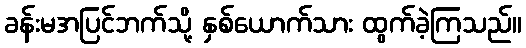
ခန်းမအပြင်ဘက်သို့ နှစ်ယောက်သား ထွက်ခဲ့ကြသည်။